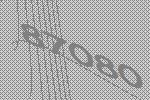
87080